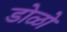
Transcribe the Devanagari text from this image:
डोळो